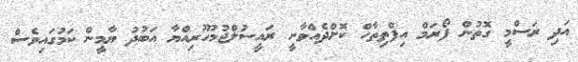
އަދި ރަސްމީ ގޮތުން ފޯރަމް އިފްތިތާހް ކޮށްދެއްވާނީ ރައީސުލްޖުމުހޫރިއްޔާ އަބުދު ޔާމީން ކަމުގައިވެސް